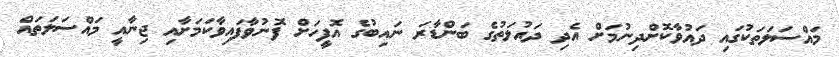
މައްސަލަތަކުގައި ދައުވާކޮށްދިނުމަށް އެދި ދައުލަތުގެ ބަންޑާރަ ނައިބުގެ އޮފީހަށް ފޮނުވާފައިވާކަމަށާއި ޖިނާއީ މައްސަލަތައް